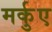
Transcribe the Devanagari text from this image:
मर्कुए